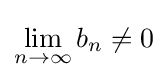
\lim _{n\to \infty }b_{n}\neq 0